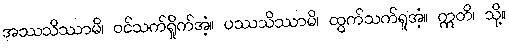
အဿသိဿာမိ၊ ဝင်သက်ရှိုက်အံ့။ ပဿသိဿာမိ၊ ထွက်သက်ရှုအံ့။ ဣတိ၊ သို့။